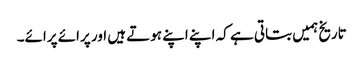
تاریخ ہمیں بتاتی ہے کہ اپنے اپنے ہوتے ہیں اور پرائے پرائے۔